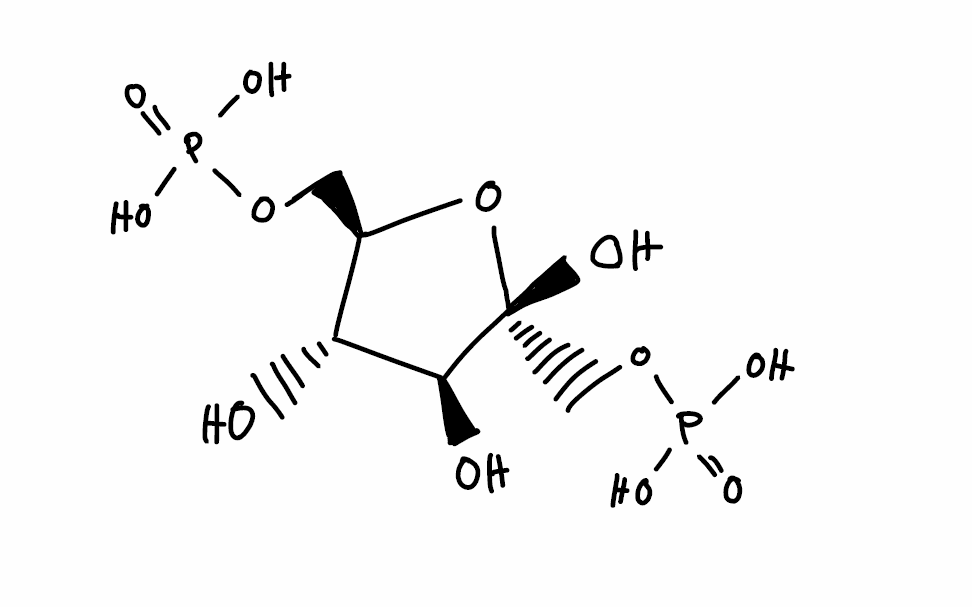
Simplified molecular-input line-entry system (SMILES) notation of the given molecule:
C([C@@H]1[C@H]([C@@H]([C@](O1)(COP(=O)(O)O)O)O)O)OP(=O)(O)O